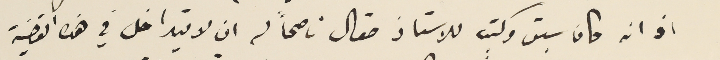
اذ انه كان سبق وكتب للاستاذ صقال ناصحاً له ان لا يتداخل في هذه القضية